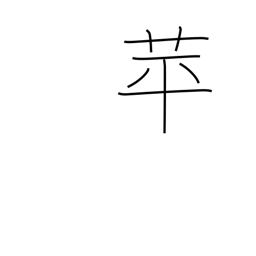
Meaning: duckweed